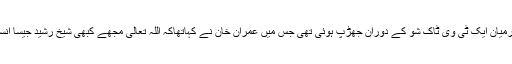
یادرہے کہ مشرف دور میں عمران خان اور شیخ رشید کے درمیان ایک ٹی وی ٹاک شو کے دوران جھڑپ ہوئی تھی جس میں عمران خان نے کہاتھاکہ اللہ تعالیٰ مجھے کبھی شیخ رشید جیسا انسان نہ بنائے میں اسے اپنا کبھی چپڑاسی بھی نہیں رکھوں گا۔